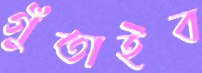
গুঁতাইব